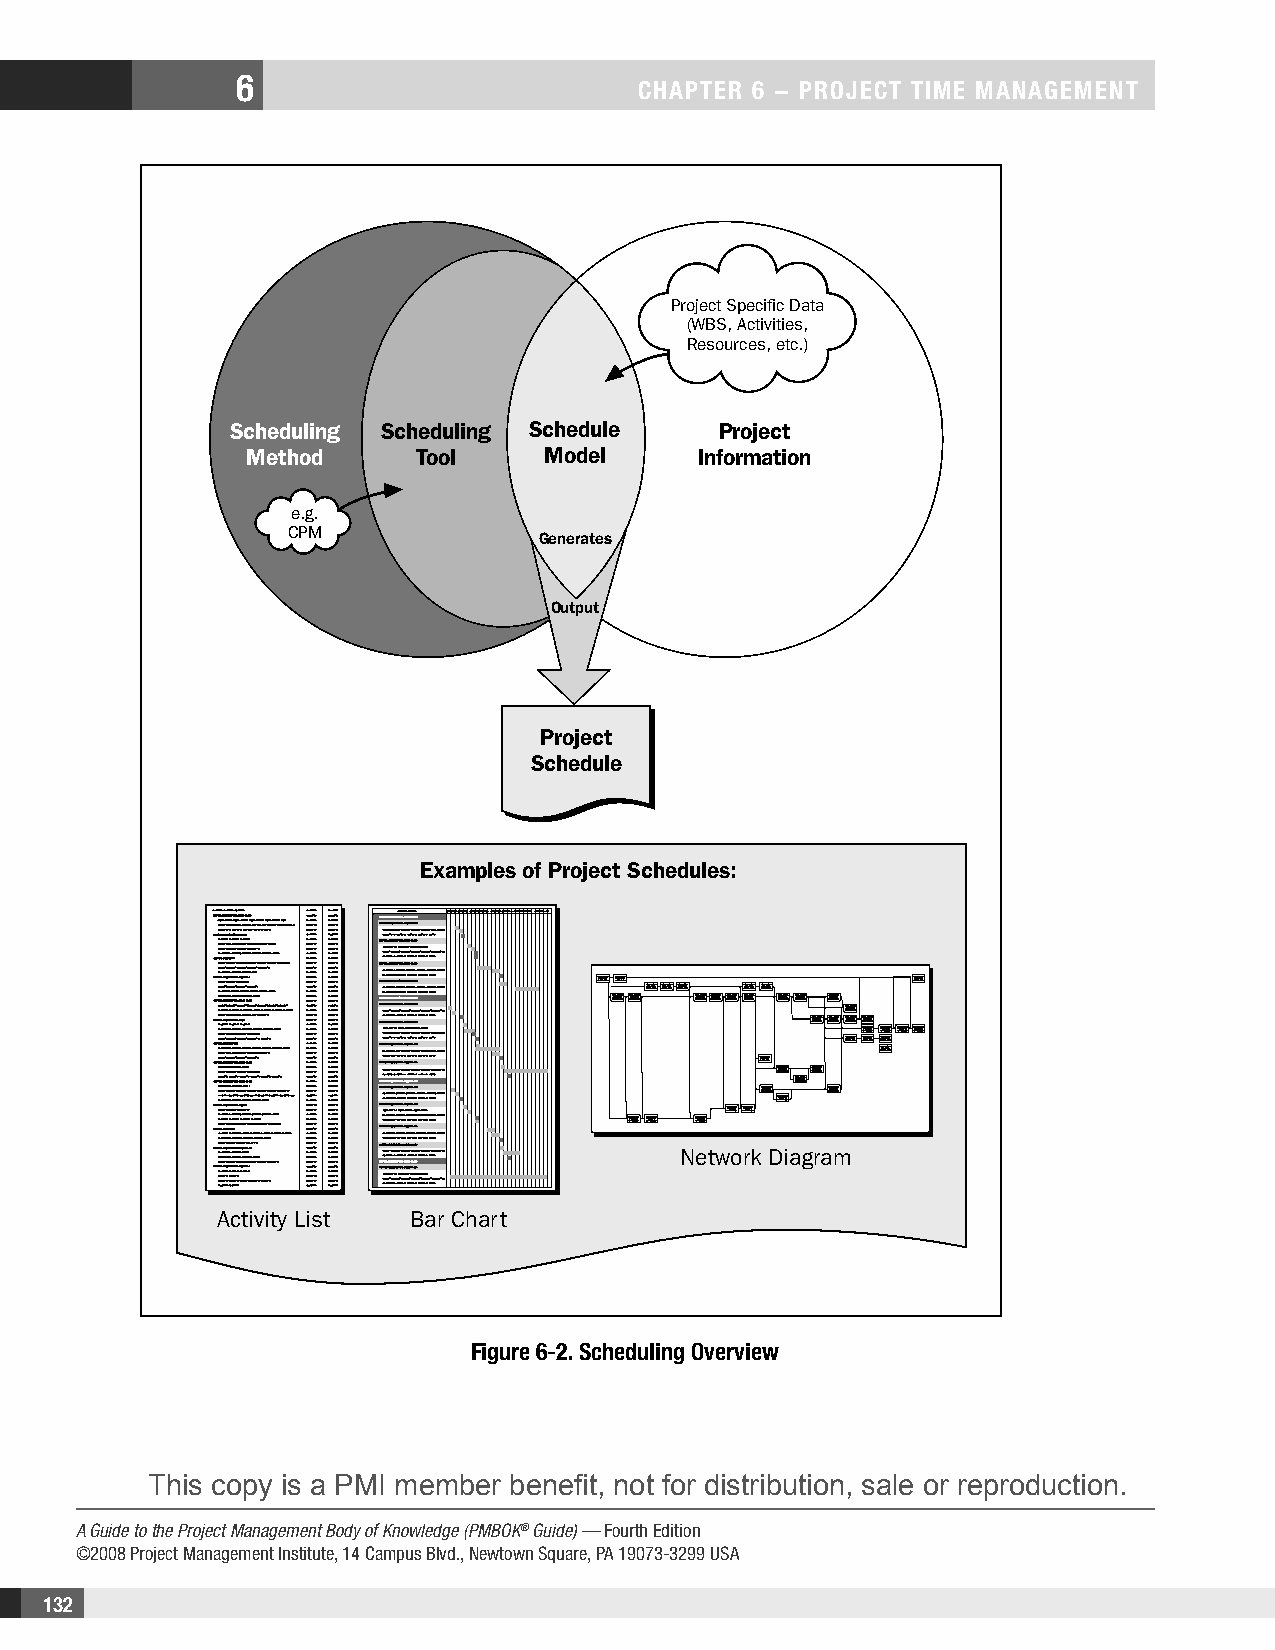
6
 CHAPTER 6 − PRojECT TimE mAnAgEmEnT
 Project Specific Data
 (WBS, Activities,
 Resources, etc.)
 Scheduling Scheduling Schedule   Project
 Method      Tool    Model     Information
 e.g.
 CPM
 Generates
 Output
 Project
 Schedule
 Examples of Project Schedules:
 Network Diagram
 Activity List Bar Chart
 Figure 6-2. Scheduling overview
 This copy is a PMI member benefit, not for distribution, sale or reproduction.
 A Guide to the Project Management Body of Knowledge (PMBOK® Guide) — Fourth Edition
 ©2008 Project Management Institute, 14 Campus Blvd., Newtown Square, PA 19073-3299 USA
 132